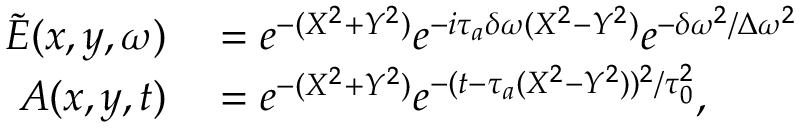
\begin{array} { r l } { \tilde { E } ( x , y , \omega ) } & { { } = e ^ { - ( X ^ { 2 } + Y ^ { 2 } ) } e ^ { - i \tau _ { a } \delta \omega ( X ^ { 2 } - Y ^ { 2 } ) } e ^ { - \delta \omega ^ { 2 } / \Delta \omega ^ { 2 } } } \\ { A ( x , y , t ) } & { { } = e ^ { - ( X ^ { 2 } + Y ^ { 2 } ) } e ^ { - ( t - \tau _ { a } ( X ^ { 2 } - Y ^ { 2 } ) ) ^ { 2 } / \tau _ { 0 } ^ { 2 } } , } \end{array}